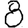
Digit: 8